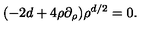
( - 2 d + 4 \rho \partial _ { \rho } ) \rho ^ { d / 2 } = 0 .